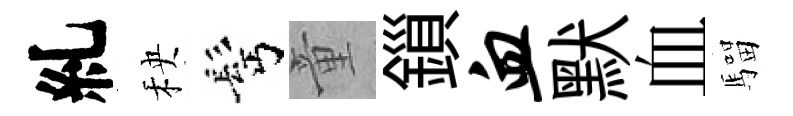
糺秧髩童鎻血默血騮